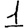
Digit: 1